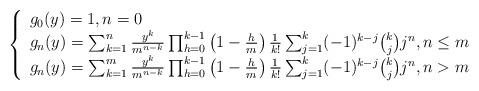
LaTeX: \begin{align*}\left\{\begin{array}{ll}g_0(y)=1, n=0\\g_n(y)=\sum_{k=1}^{n}\frac{y^k}{m^{n-k}}\prod_{h=0}^{k-1}\left(1-\frac{h}{m}\right)\frac{1}{k!}\sum_{j=1}^{k}(-1)^{k-j}\binom{k}{j}j^{n}, n\leq m\\g_n(y)=\sum_{k=1}^{m}\frac{y^k}{m^{n-k}}\prod_{h=0}^{k-1}\left(1-\frac{h}{m}\right)\frac{1}{k!}\sum_{j=1}^{k}(-1)^{k-j}\binom{k}{j}j^{n}, n>m\end{array}\right.\end{align*}